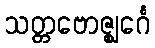
သတ္တဗောဇ္ဈင်္ဂေ